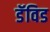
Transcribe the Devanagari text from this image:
डॅविड